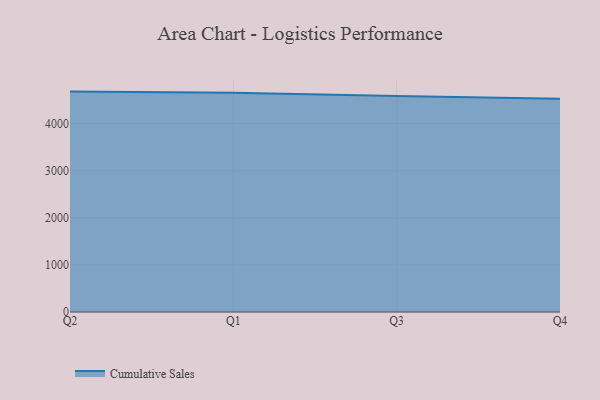
{"axis": {"x": "Quarter", "y": "Gross Profit (USD K)"}, "legend": ["Cumulative Sales"], "data": [{"x": "Q2", "y": 4678.9, "type": "Cumulative Sales"}, {"x": "Q1", "y": 4654.7, "type": "Cumulative Sales"}, {"x": "Q3", "y": 4586.8, "type": "Cumulative Sales"}, {"x": "Q4", "y": 4528.8, "type": "Cumulative Sales"}]}